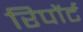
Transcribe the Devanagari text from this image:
रिपोंर्ट